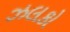
ઝલકો